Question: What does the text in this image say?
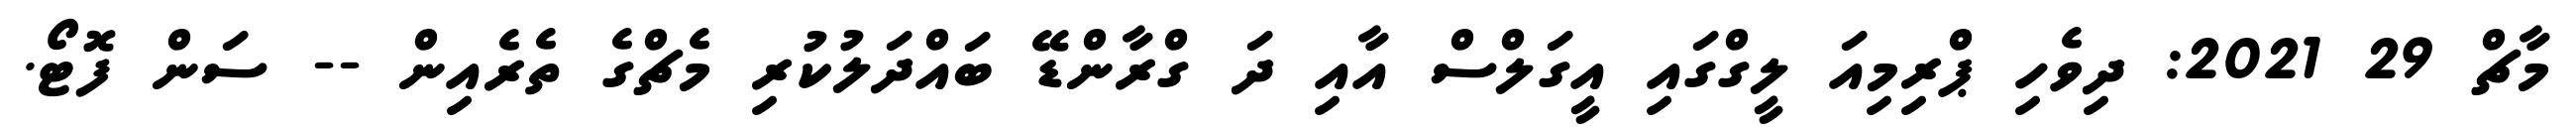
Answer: މާޗް 29 2021: ދިވެހި ޕްރިމިއަ ލީގްގައި އީގަލްސް އާއި ދަ ގްރާންޑޭ ބައްދަލުކުރި މެޗްގެ ތެރެއިން -- ސަން ފޮޓޯ.